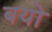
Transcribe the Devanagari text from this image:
बयो